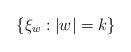
LaTeX: \begin{align*}\{\xi_w : |w|=k\}\end{align*}